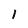
Character: l